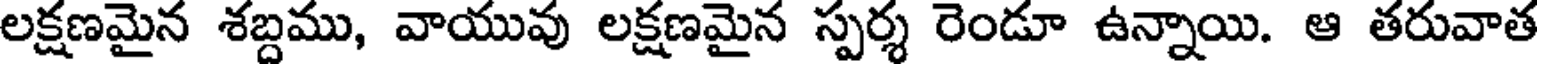
లక్షణమైన శబ్దము, వాయువు లక్షణమైన స్పర్శ రెండూ ఉన్నాయి. ఆ తరువాత